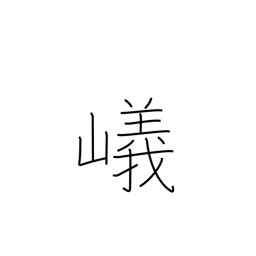
Meaning: steep